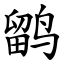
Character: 鹠